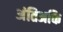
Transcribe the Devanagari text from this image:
अंतिअकि